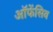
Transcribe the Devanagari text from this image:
ऑफेंसिव